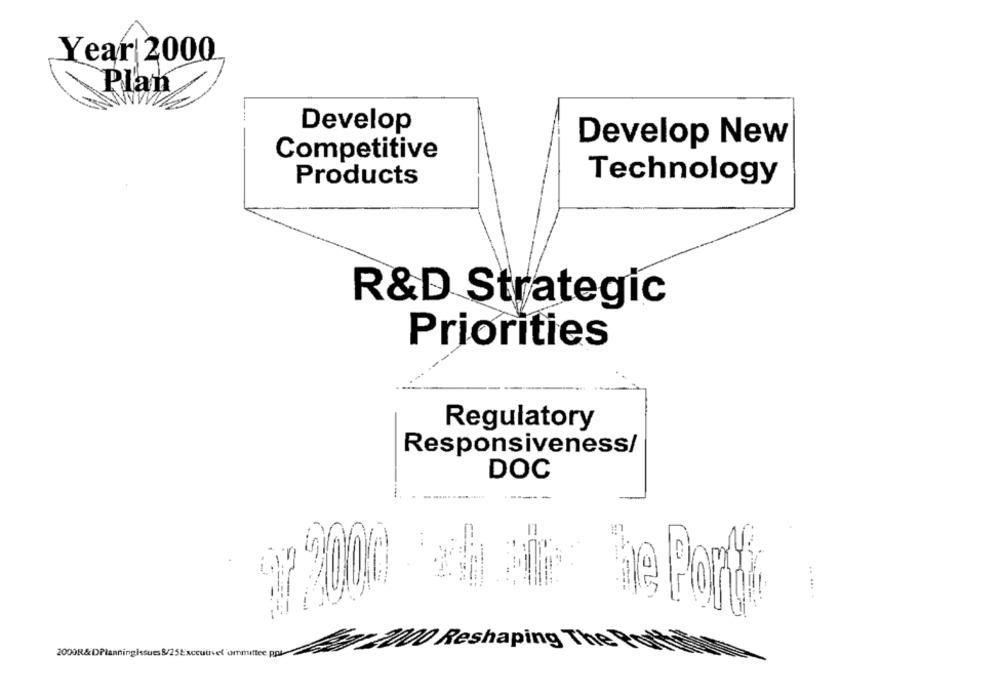
Year| 2000
Plan
Develop
Develop New
Competitive
Technology
Products
R&D Strategic
Priorities
Regulatory
Responsiveness/
DOC
97 7000
2000R&DPlanningIssues 8/25Exccutel'ummittee pps
22 2000 Reshaping Thesession